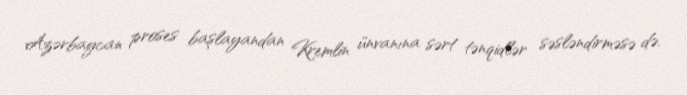
Azərbaycan proses başlayandan Kremlin ünvanına sərt tənqidlər səsləndirməsə də,